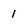
Character: 1